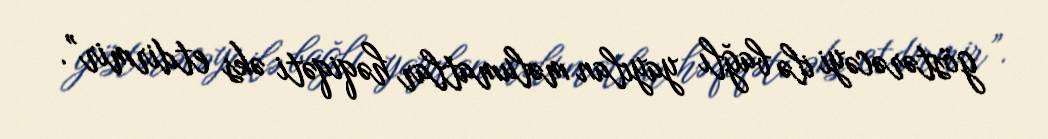
göstərəcəyi ilə bağlı yayılan məlumatlar həqiqəti əks etdirmir”.